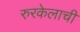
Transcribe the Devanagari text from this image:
रुरकेलाची